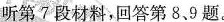
听第 7 段材料，回答第 8、9 题。